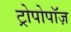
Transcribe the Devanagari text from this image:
ट्रोपोपॉज़